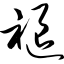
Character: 褪